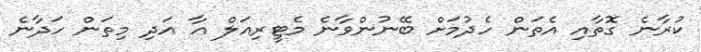
ކުރާނެ ގޮތާއި އެތަން ހެދުމަށް ބޭނުންވާނެ މެޓީރިއަލް އާ އަދި މިތަން ހަދާނެ